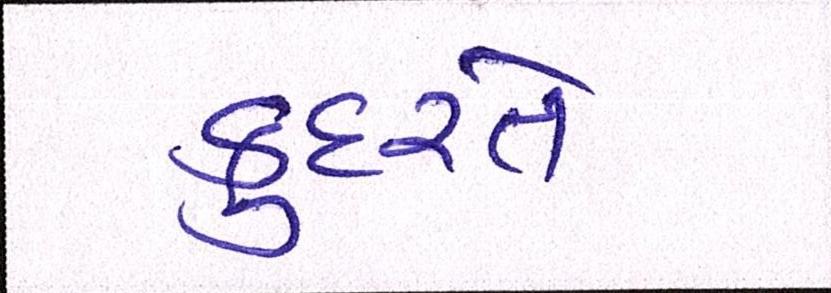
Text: કુદરતે